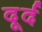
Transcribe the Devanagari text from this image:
दूर्द